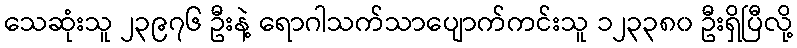
သေဆုံးသူ ၂၃၉၇၆ ဦးနဲ့ ရောဂါသက်သာပျောက်ကင်းသူ ၁၂၃၃၈၀ ဦးရှိပြီလို့